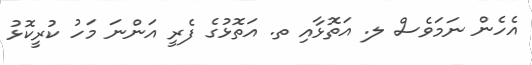
އެހެން ނަމަވެސް ލ. އަތޮޅާއި ތ. އަތޮޅުގެ ފެރީ އަންނަ މަހު ކުރީކޮޅު